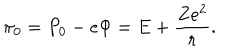
\pi _ { 0 } = P _ { 0 } - e \Phi = E + \frac { Z e ^ { 2 } } { r } .